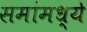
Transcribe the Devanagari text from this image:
समांमध्ये